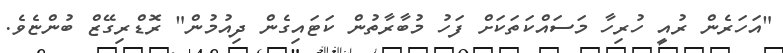
"އަހަރެން ރުއީ ހުރިހާ މަސައްކަތަކަށް ފަހު މުބާރާތުން ކަޓައިގެން ދިއުމުން" ރޮޑްރިގޭޒް ބުންޏެވެ.